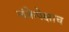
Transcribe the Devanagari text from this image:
लंकेपेक्षाच